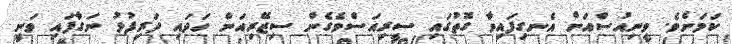
ކަމަށެވެ. ވީނިއުސްއަށް އެނގިފައިވާ ގޮތުގައި ސީރިއަސްވެގެން ސިޒޭރިއަން ހަދައި ދަރިފުޅު ނަގާފައި ވަނީ